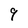
Character: 9